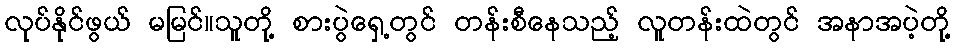
လုပ်နိုင်ဖွယ် မမြင်။သူတို့ စားပွဲရှေ့တွင် တန်းစီနေသည့် လူတန်းထဲတွင် အနာအပဲ့တို့